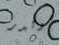
هولدر